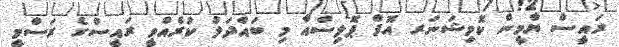
ރައީސް ޔާމީން ކޮމިޝަނަރ އޮފް ޕޮލިސްއާ މި ބައްދަލު ކުރެއްވީ ރައީސްގެ ރަސްމީ